Mental hospitals Bombay report 1921-28 - 1921-1928
Year: 1921
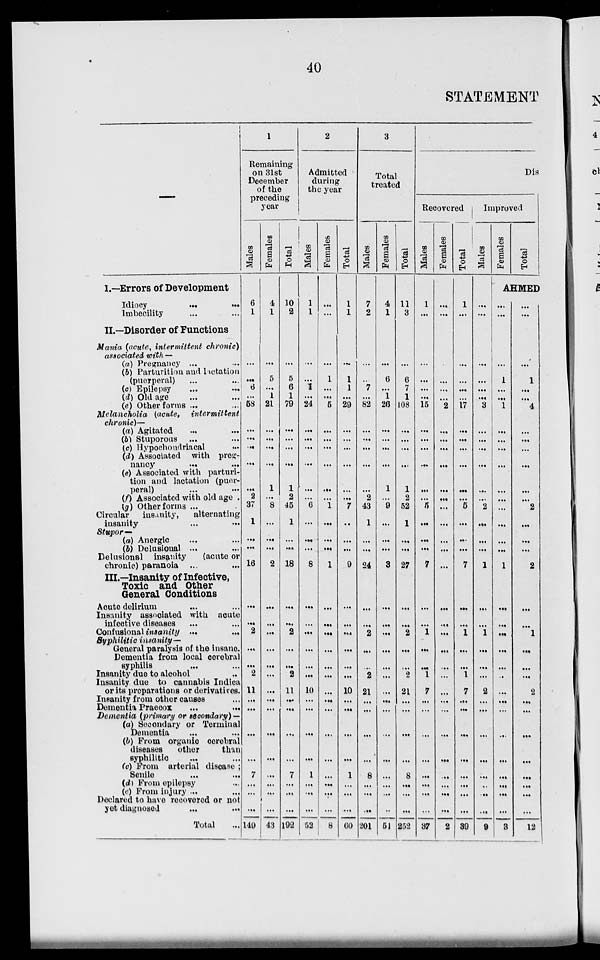
40
STATEMENT
—
I.—Errors of Development
Idiocy
...
...
Imbecility ... ...
II.—Disorder of Functions
Mania (acute, intermittent chronic)
associated with —
(a) Pregnancy ... ...
(b) Parturition and lactation
(puerperal) ... ...
(c) Epilepsy ... ...
(d) Old age ... ...
(e) Other forms ... ...
Melancholia (acute, intermittent
chronic)—
(a) Agitated ... ...
(b) Stuporous ... ...
(c) Hypochondriacal ...
(d) Associated with preg-
nancy ... ...
(e) Associated with parturi-
tion and lactation (puer-
peral) ... ...
(f) Associated with old age .
(g) Other forms ...
Circular
insanity,
alternating
insanity ... ...
Stupor—
(a) Anergic ... ...
(b) Delusional ... ...
Delusional insanity
(acute or
chronic) paranoia ... ...
III.—Insanity of Infective,
Toxic and Other
General Conditions
Acute delirium ... ...
Insanity associated with acute
infective diseases ... ...
Confusional insanity ... ...
Syphilitic insanity—
General paralysis of the insane.
Dementia from local cerebral
syphilis ... ...
Insanity due to alcohol ...
Insanity due to cannabis Indica
or its proparations or derivatives.
Insanity from other causes ...
Dementia Praecox
...
...
Dementia (primary or secondary) —
(a) Secondary or Terminal
Dementia ... ...
(b) From organic cerebral
diseases
other
than
syphilitic
...
...
(c) From arterial disease ;
Senile ... ...
(d) From epilepsy ...
(e) From injury ... ...
Declared to have recovered or not
yet diagnosed
...
...
Total ...
1
Remaining
on 31st
December
of the
preceding
year
Males
6
1
...
...
6
...
58
...
...
...
...
...
2
37
1
...
...
16
...
...
2
...
...
2
11
...
...
...
...
7
...
...
...
149
Females
4
1
...
5
...
1
21
...
...
...
...
1
...
8
...
...
...
2
...
...
...
...
...
...
...
...
...
...
...
...
...
...
...
43
Total
10
2
...
5
6
1
79
...
...
...
...
1
2
45
1
...
...
18
...
...
2
...
...
2
11
...
...
...
...
7
...
...
...
192
2
Admitted
during
the year
Males
1
1
...
...
1
...
24
...
...
...
...
...
...
6
...
...
...
8
...
...
...
...
...
10
...
...
...
...
1
...
...
...
52
Females
...
...
...
1
...
...
5
...
...
...
...
...
...
1
...
...
...
1
...
...
...
...
...
...
...
...
...
...
...
...
...
...
...
8
Total
1
1
...
1
1
...
29
...
...
...
...
...
...
7
...
...
...
9
...
...
...
...
...
...
10
...
...
...
...
1
...
...
...
60
3
Total
treated
Males
7
2
...
...
7
...
82
...
...
...
...
...
2
43
1
...
...
24
...
...
2
...
...
2
21
...
...
...
...
8
...
...
...
201
Females
4
1
...
6
...
1
26
...
...
...
...
1
...
9
...
...
...
3
...
...
...
...
...
...
...
...
...
...
...
...
...
...
...
51
Total
11
3
...
6
7
1
108
...
...
...
...
1
2
52
1
...
...
27
...
...
2
...
...
2
21
...
...
...
...
8
...
...
...
252
Dis
Recovered
Males
1
...
...
...
...
...
15
...
...
...
...
...
...
5
...
...
...
7
...
...
1
...
...
1
7
...
...
...
...
...
...
...
...
37
Females
...
...
...
...
...
...
2
...
...
...
...
...
...
...
...
...
...
...
...
...
...
...
...
...
...
...
...
...
...
...
...
...
...
2
Total
1
...
...
...
...
...
17
...
...
...
...
...
...
5
...
...
...
7
...
...
1
...
...
1
7
...
...
...
...
...
...
...
...
39
Improved
Males
...
...
...
...
...
...
3
...
...
...
...
...
...
2
...
...
...
1
...
...
1
...
...
...
2
...
...
...
...
...
...
...
...
9
Females
Total
AHMED
...
...
...
1
...
...
1
...
...
...
...
...
...
...
...
...
...
1
...
...
...
...
...
...
...
...
...
...
...
...
...
...
...
3
...
...
...
1
...
...
4
...
...
...
...
...
...
2
...
...
...
2
...
...
1
...
...
...
2
...
...
...
...
...
...
...
...
12